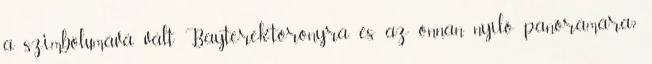
a szimbólumává vált Bayterek-toronyra és az onnan nyíló panorámára?